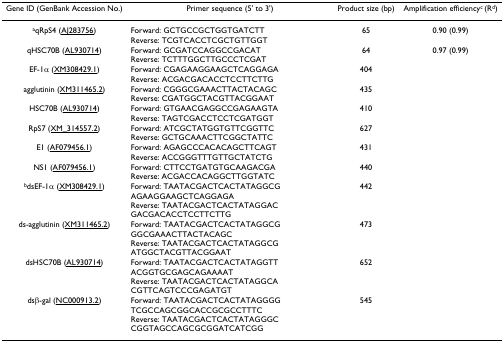
<table><thead><tr><td><b>Gene ID (GenBank Accession No.)</b></td><td><b>Primer sequence (5&#x27; to 3&#x27;)</b></td><td><b>Product size (bp)</b></td><td><b>Amplification efficiency<sup>c </sup>(R<sup>d</sup>)</b></td></tr></thead><tbody><tr><td><sup>a</sup>qRpS4 (AJ283756)</td><td>Forward: GCTGCCGCTGGTGATCTTReverse: TCGTCACCTCGCTGTTGGT</td><td>65</td><td>0.90 (0.99)</td></tr><tr><td>qHSC70B (AL930714)</td><td>Forward: GCGATCCAGGCCGACATReverse: TCTTTGGCTTGCCCTCGAT</td><td>64</td><td>0.97 (0.99)</td></tr><tr><td>EF-1α (XM308429.1)</td><td>Forward: CGAGAAGGAAGCTCAGGAGAReverse: ACGACGACACCTCCTTCTTG</td><td>404</td><td></td></tr><tr><td>agglutinin (XM311465.2)</td><td>Forward: CGGGCGAAACTTACTACAGCReverse: CGATGGCTACGTTACGGAAT</td><td>435</td><td></td></tr><tr><td>HSC70B (AL930714)</td><td>Forward: GTGAACGAGGCCGAGAAGTAReverse: TAGTCGACCTCCTCGATGGT</td><td>410</td><td></td></tr><tr><td>RpS7 (XM_314557.2)</td><td>Forward: ATCGCTATGGTGTTCGGTTCReverse: GCTGCAAACTTCGGCTATTC</td><td>627</td><td></td></tr><tr><td>E1 (AF079456.1)</td><td>Forward: AGAGCCCACACAGCTTCAGTReverse: ACCGGGTTTGTTGCTATCTG</td><td>431</td><td></td></tr><tr><td>NS1 (AF079456.1)</td><td>Forward: CTTCCTGATGTGCAAGACGAReverse: ACGACCACAGGCTTGGTATC</td><td>440</td><td></td></tr><tr><td><sup>b</sup>dsEF-1α (XM308429.1)</td><td>Forward: TAATACGACTCACTATAGGCG AGAAGGAAGCTCAGGAGAReverse: TAATACGACTCACTATAGGAC GACGACACCTCCTTCTTG</td><td>442</td><td></td></tr><tr><td>ds-agglutinin (XM311465.2)</td><td>Forward: TAATACGACTCACTATAGGCG GGCGAAACTTACTACAGCReverse: TAATACGACTCACTATAGGCG ATGGCTACGTTACGGAAT</td><td>473</td><td></td></tr><tr><td>dsHSC70B (AL930714)</td><td>Forward: TAATACGACTCACTATAGGTT ACGGTGCGAGCAGAAAATReverse: TAATACGACTCACTATAGGCA CGTTCAGTCCCGAGATGT</td><td>652</td><td></td></tr><tr><td>dsβ-gal (NC000913.2)</td><td>Forward: TAATACGACTCACTATAGGGG TCGCCAGCGGCACCGCGCCTTTCReverse: TAATACGACTCACTATAGGGC CGGTAGCCAGCGCGGATCATCGG</td><td>545</td><td></td></tr></tbody></table>